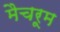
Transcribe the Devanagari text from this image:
मैचरूम